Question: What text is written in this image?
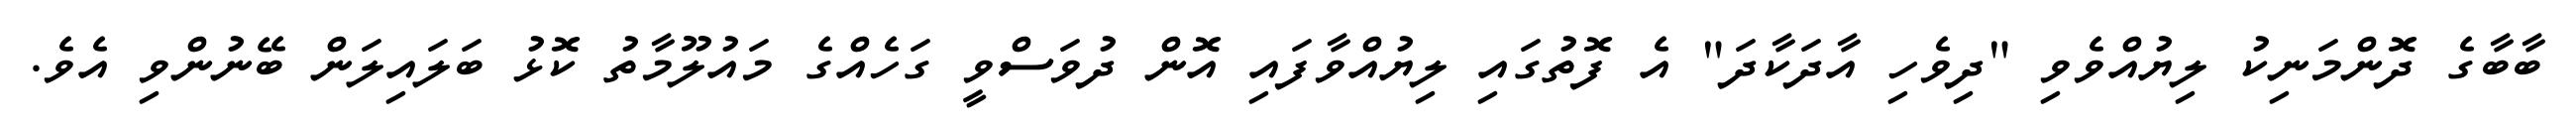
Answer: ބާބާގެ ދޮންމަނިކު ލިޔުއްވެވި "ދިވެހި އާދަކާދަ" އެ ފޮތުގައި ލިޔުއްވާފައި އޮން ދުވަސްވީ ގަހެއްގެ މައުލޫމާތު ކޮޅު ބަލައިލަން ބޭނުންވި އެވެ.